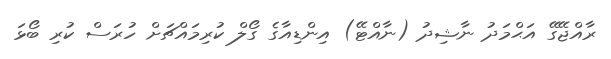
ރާއްޖޭގޭ އަޙްމަދު ނާޝިދު (ނާއްޓޭ) އިންޑިއާގެ ގޯލް ކުރިމައްޗަށް ހުރަސް ކުރި ބޯޅަ